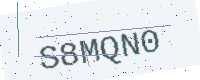
Text: S8MQN0